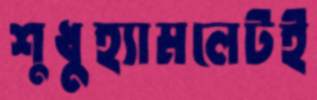
শুধুহ্যামলেটই